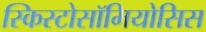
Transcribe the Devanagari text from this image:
स्किस्टोसॉमियोसिस